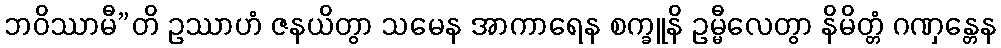
ဘဝိဿာမီ”တိ ဥဿာဟံ ဇနယိတွာ သမေန အာကာရေန စက္ခူနိ ဥမ္မီလေတွာ နိမိတ္တံ ဂဏှန္တေန